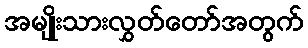
အမျိုးသားလွှတ်တော်အတွက်